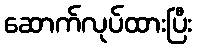
ဆောက်လုပ်ထားပြီး